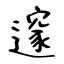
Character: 𨗉